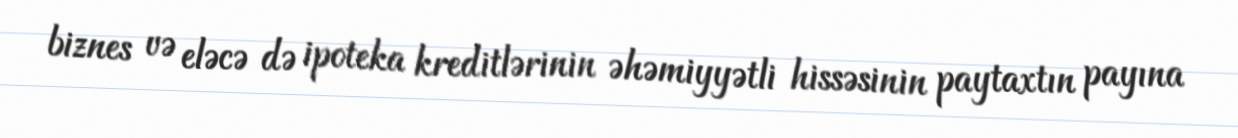
biznes və eləcə də ipoteka kreditlərinin əhəmiyyətli hissəsinin paytaxtın payına